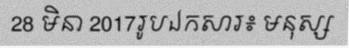
28 មិនា 2017រូបឯកសារ៖ មនុស្ស